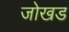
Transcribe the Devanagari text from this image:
जोखड